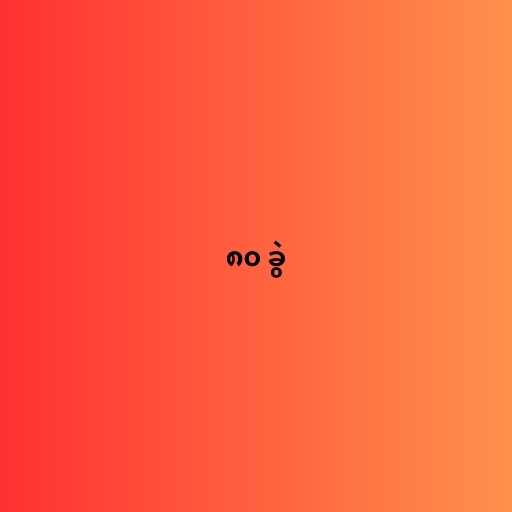
၈၀ ခွဲ